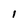
Character: 1